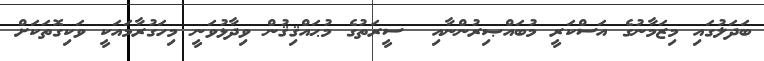
ބަދަލުގައި މިޒަމާނުގެ އަސްކަރީ މުބައްޞިރުންނާއި  ސީރަތުގެ މުޙައްޤިޤުން ވިދާޅުވަނީ މިހަގުރާމައަކީ ވަކިގޮތަކަށް